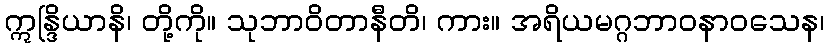
ဣန္ဒြိယာနိ၊ တို့ကို။ သုဘာဝိတာနီတိ၊ ကား။ အရိယမဂ္ဂဘာဝနာဝသေန၊